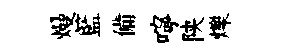
熳籃備嚀陕爍